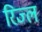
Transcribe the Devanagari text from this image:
रिज्ल